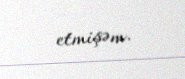
etmişəm.